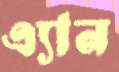
এ্যান